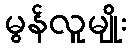
မွန်လူမျိုး